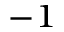
^ { - 1 }